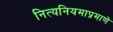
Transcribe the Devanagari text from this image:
नित्यनियमाप्रमाणे